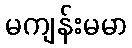
မကျန်းမမာ